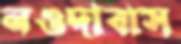
নওদাবাস